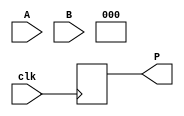
module wallace_tree_multiplier #(
    parameter N = 4  // Bit-width of operands
)(
    input  wire clk,
    input  wire [N-1:0] A,
    input  wire [N-1:0] B,
    output reg  [2*N-1:0] P
);

    // Partial product generation
    wire [N-1:0] pp[N-1:0]; // Partial products
    genvar i, j;
    generate
        for (i = 0; i < N; i = i + 1) begin : gen_partial_products
            for (j = 0; j < N; j = j + 1) begin : and_products
                assign pp[i][j] = A[i] & B[j];
            end
        end
    endgenerate

    // Wallace tree reduction
    wire [N+1:0] sum[N-1:0];   // Sums for each level of the tree
    wire [N-1:0] carry[N-1:0]; // Carries for each level of the tree
    wire [N-1:0] final_sum;
    wire [N-1:0] final_carry;

    // Reduction stages
    generate
        for (i = 0; i < N-1; i = i + 1) begin : reduction_stage
            if (i == 0) begin
                // First stage: combine three bits into two using full adders
                assign {carry[i][0], sum[i][0]} = pp[i][0] + pp[i][1] + pp[i][2];
                assign sum[i][1] = {pp[i][3], 1'b0}; // Next row is shifted
            end else begin
                // Subsequent stages
                assign {carry[i][0], sum[i][0]} = pp[i][(3*i)] + pp[i][(3*i)+1] + pp[i][(3*i)+2];
                assign {carry[i][1], sum[i][1]} = pp[i][(3*i)+3] + pp[i][(3*i)+4] + carry[i-1][0]; // Carry from previous stage
            end
        end
    endgenerate

    // Final addition of the last two rows
    assign {final_carry[0], final_sum} = sum[N-2] + carry[N-2];

    // Output register
    always @(posedge clk) begin
        P <= {final_carry[N-1], final_sum}; // Register the final product
    end

endmodule